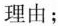
理由；